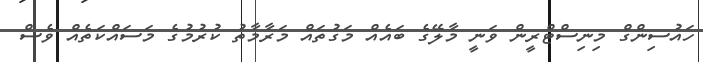
ހައުސިންގް މިނިސްޓްރީން ވަނީ މާލޭގެ ބައެއް މަގުތައް މަރާމާތު ކުރުމުގެ މަސައްކަތެއް ވެސް